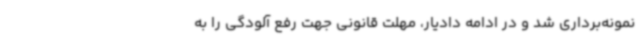
نمونه‌برداری شد و در ادامه دادیار، مهلت قانونی جهت رفع آلودگی را به